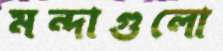
মন্দাগুলো